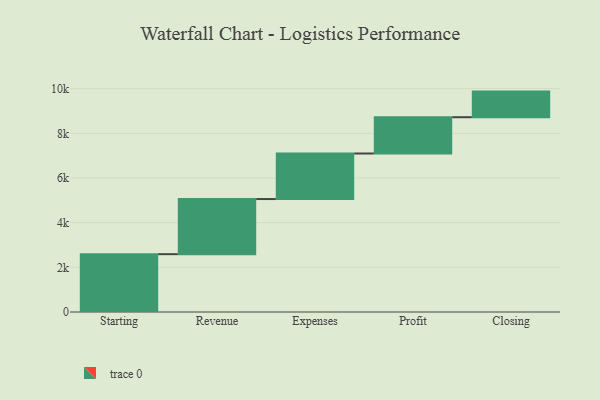
{"axis": {"x": "Step", "y": "Value"}, "legend": [""], "data": [{"x": "Starting", "y": 2590.0, "type": ""}, {"x": "Revenue", "y": 2468.0, "type": ""}, {"x": "Expenses", "y": 2040.0, "type": ""}, {"x": "Profit", "y": 1625.0, "type": ""}, {"x": "Closing", "y": 1147.0, "type": ""}]}